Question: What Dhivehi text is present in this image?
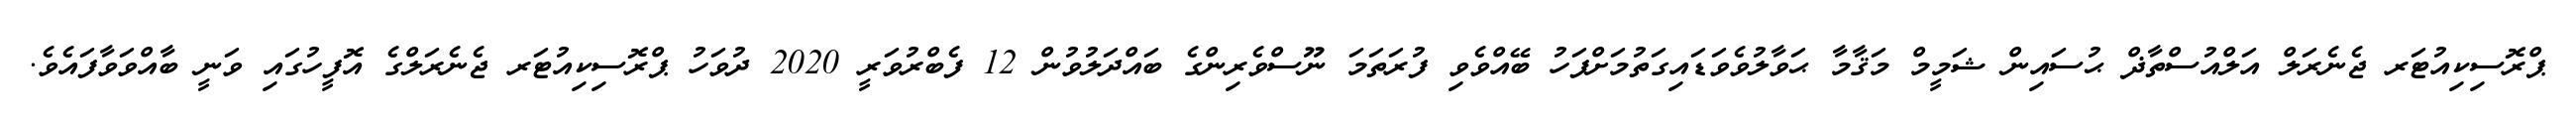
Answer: ޕްރޮސިކިއުޓަރ ޖެނެރަލް އަލްއުސްތާޛް ޙުސައިން ޝަމީމް މަޤާމާ ޙަވާލުވެވަޑައިގަތުމަށްފަހު ބޭއްވެވި ފުރަތަމަ ނޫސްވެރިންގެ ބައްދަލުވުން 12 ފެބްރުވަރީ 2020 ދުވަހު ޕްރޮސިކިއުޓަރ ޖެނެރަލްގެ އޮފީހުގައި ވަނީ ބާއްވަވާފައެވެ.